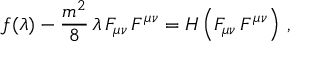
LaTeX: f ( \lambda ) - \frac { m ^ { 2 } } { 8 } \, \lambda \, F _ { \mu \nu } \, F ^ { \mu \nu } = H \left( F _ { \mu \nu } \, F ^ { \mu \nu } \right) \, ,